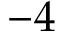
- 4